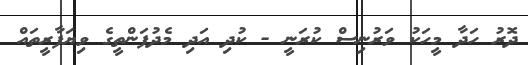
ދޮރު ހަދާ މީހަކު ވަރުނިސް ކުރަނީ - ކުދި އަދި މެދުފަންތީގެ ވިޔަފާރީތައް